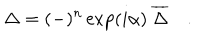
LaTeX: \Delta = ( - ) ^ { n } \exp ( i \alpha ) \ { \overline { { { \Delta } } } } \quad .